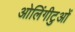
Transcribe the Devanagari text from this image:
ओलिंगीटुओं